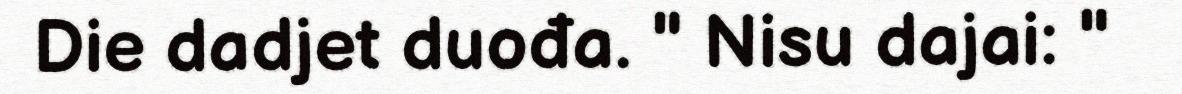
Die dadjet duođa. " Nisu dajai: "